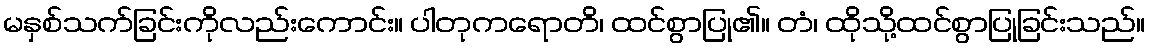
မနှစ်သက်ခြင်းကိုလည်းကောင်း။ ပါတုကရောတိ၊ ထင်စွာပြု၏။ တံ၊ ထိုသို့ထင်စွာပြုခြင်းသည်။